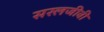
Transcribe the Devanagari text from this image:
सरलजीवी